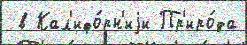
 в Кал'ифо́рн'иjи Пр'иро́да